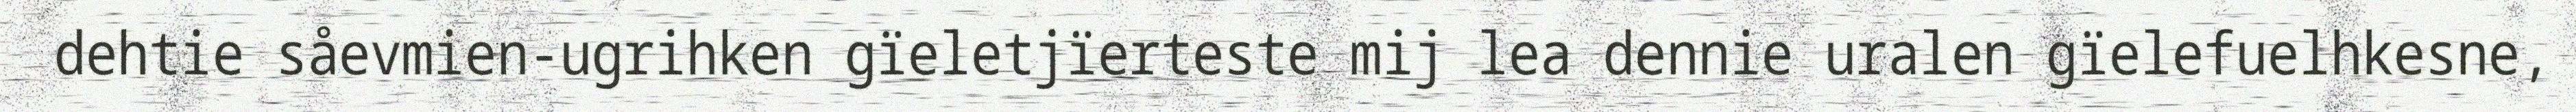
dehtie såevmien-ugrihken gïeletjïerteste mij lea dennie uralen gïelefuelhkesne,